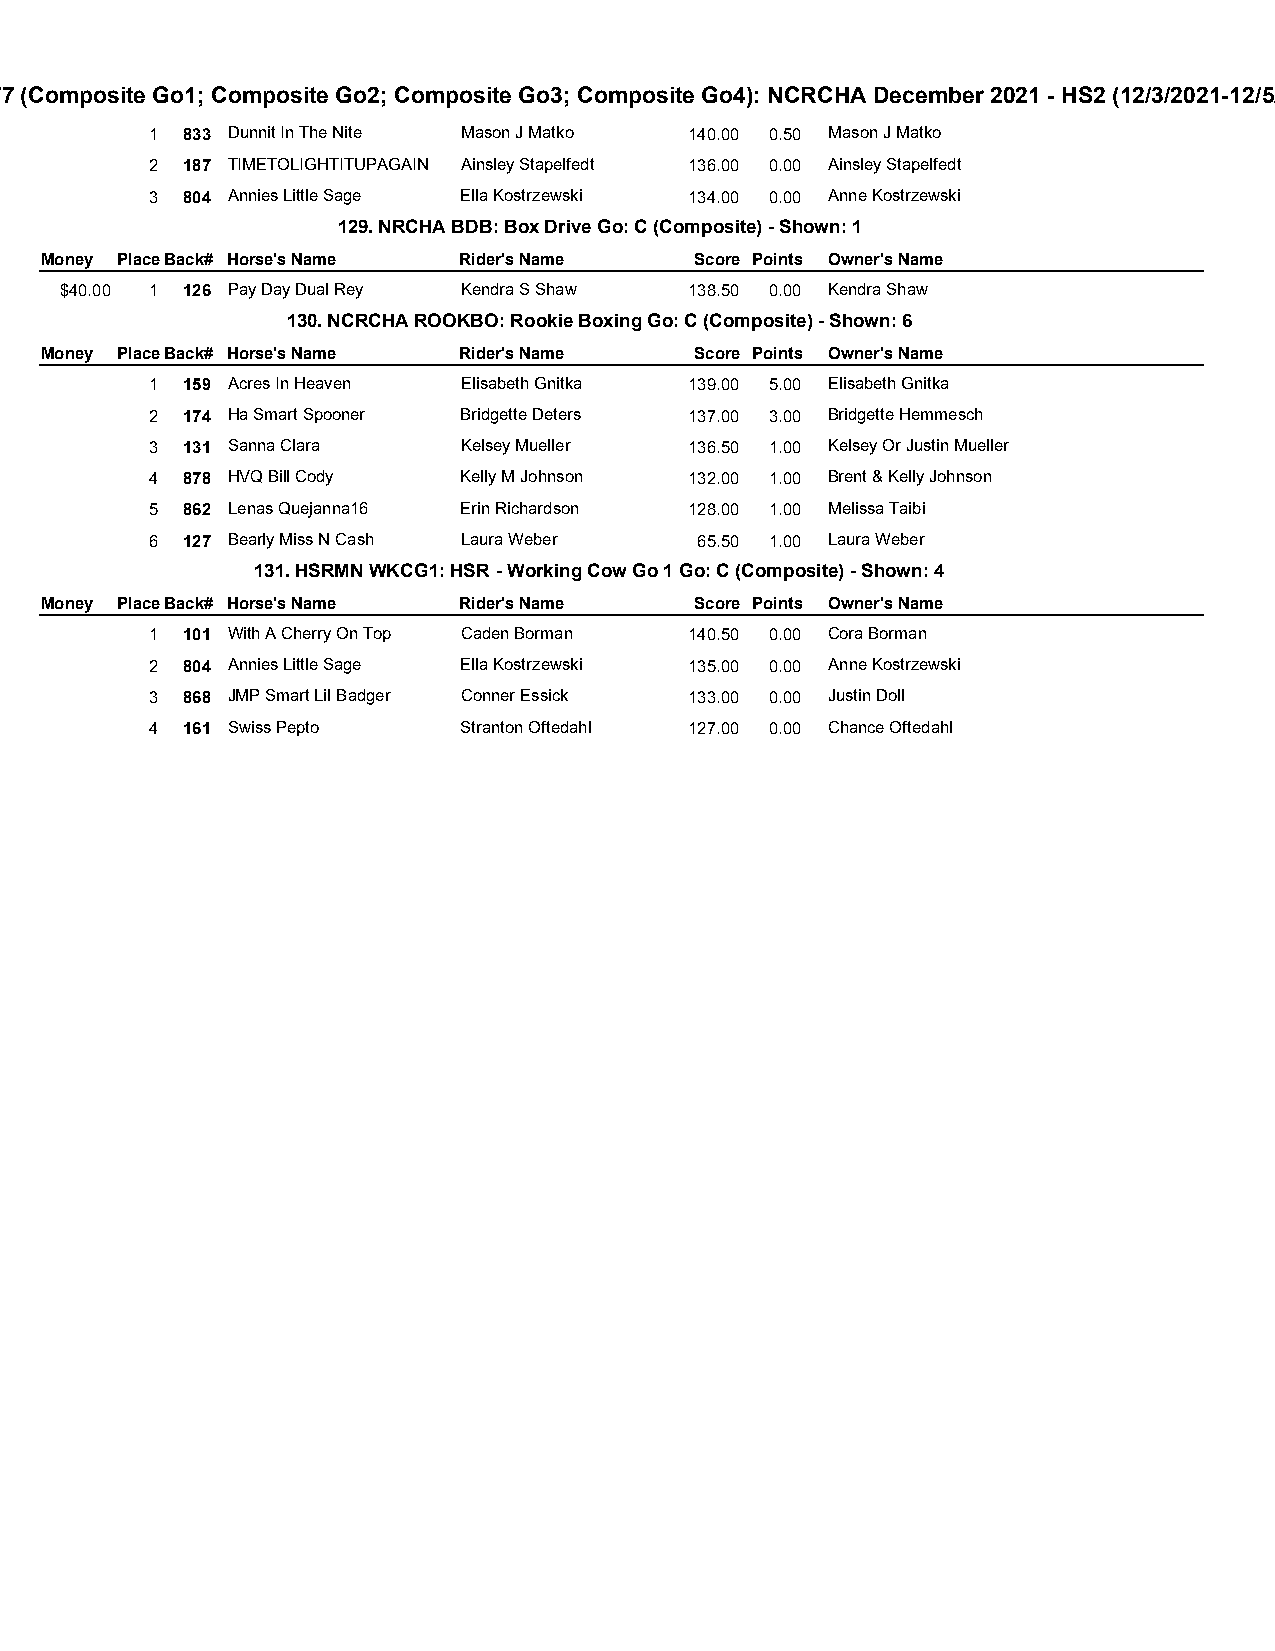
77 (Composite Go1; Composite Go2; Composite Go3; Composite Go4): NCRCHA December 2021 - HS2 (12/3/2021-12/5/
 1 833 Dunnit In The Nite Mason J Matko 140.00 0.50 Mason J Matko
 2 187 TIMETOLIGHTITUPAGAIN Ainsley Stapelfedt 136.00 0.00 Ainsley Stapelfedt
 3 804 Annies Little Sage Ella Kostrzewski 134.00 0.00 Anne Kostrzewski
 129. NRCHA BDB: Box Drive Go: C (Composite) - Shown: 1
 Money PlaceBack# Horse's Name Rider's Name Score Points Owner's Name
 $40.00 1 126 Pay Day Dual Rey Kendra S Shaw 138.50 0.00 Kendra Shaw
 130. NCRCHA ROOKBO: Rookie Boxing Go: C (Composite) - Shown: 6
 Money PlaceBack# Horse's Name Rider's Name Score Points Owner's Name
 1 159 Acres In Heaven Elisabeth Gnitka 139.00 5.00 Elisabeth Gnitka
 2 174 Ha Smart Spooner Bridgette Deters 137.00 3.00 Bridgette Hemmesch
 3 131 Sanna Clara    Kelsey Mueller 136.50 1.00 Kelsey Or Justin Mueller
 4 878 HVQ Bill Cody  Kelly M Johnson 132.00 1.00 Brent & Kelly Johnson
 5 862 Lenas Quejanna16 Erin Richardson 128.00 1.00 Melissa Taibi
 6 127 Bearly Miss N Cash Laura Weber 65.50 1.00 Laura Weber
 131. HSRMN WKCG1: HSR - Working Cow Go 1 Go: C (Composite) - Shown: 4
 Money PlaceBack# Horse's Name Rider's Name Score Points Owner's Name
 1 101 With A Cherry On Top Caden Borman 140.50 0.00 Cora Borman
 2 804 Annies Little Sage Ella Kostrzewski 135.00 0.00 Anne Kostrzewski
 3 868 JMP Smart Lil Badger Conner Essick 133.00 0.00 Justin Doll
 4 161 Swiss Pepto    Stranton Oftedahl 127.00 0.00 Chance Oftedahl